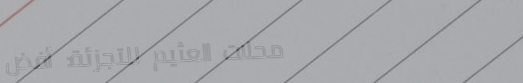
محلات العثيم للتجزئة: أفض